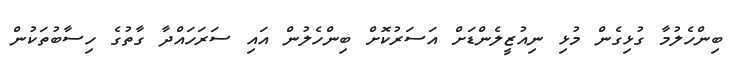
ބިންހެލުމާ ގުޅިގެން މުޅި ނިއުޒީލެންޑަށް އަސަރުކޮށް ބިންހެލުން އައި ސަރަހައްދާ ގާތުގެ ހިސާބުތަކުން